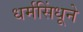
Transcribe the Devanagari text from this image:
धर्मसिंधूने